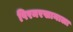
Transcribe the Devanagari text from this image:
पिरमरखानाला